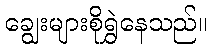
ချွေးများစိုရွှဲနေသည်။